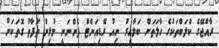
ރާއްޖޭގެ ކްލަބްތަކުގެ ހާލަތަށް ބަލާއިރު ނިއު ރޭޑިއަންޓް ފެންނަނީ މުޅިން ތަފާތު ގޮތަކަށް